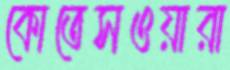
কোতেসওয়ারা